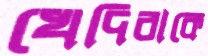
খেদিরাকে